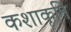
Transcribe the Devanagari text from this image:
कशाकृमि